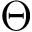
\Theta